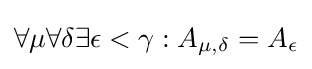
\forall \mu \forall \delta \exists \epsilon <\gamma :A_{\mu ,\delta }=A_{\epsilon }